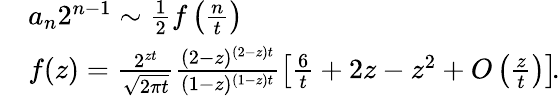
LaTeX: \begin{array}{rl}&{a_{n}2^{n-1}\sim\frac{1}{2}f\left(\frac{n}{t}\right)}\\ &{f(z)=\frac{2^{zt}}{\sqrt{2\pi t}}\frac{(2-z)^{(2-z)t}}{(1-z)^{(1-z)t}}\left[\frac{6}{t}+2z-z^{2}+O\left(\frac{z}{t}\right)\right]\! .}\end{array}